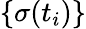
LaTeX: \{ \sigma(t_{i})\}